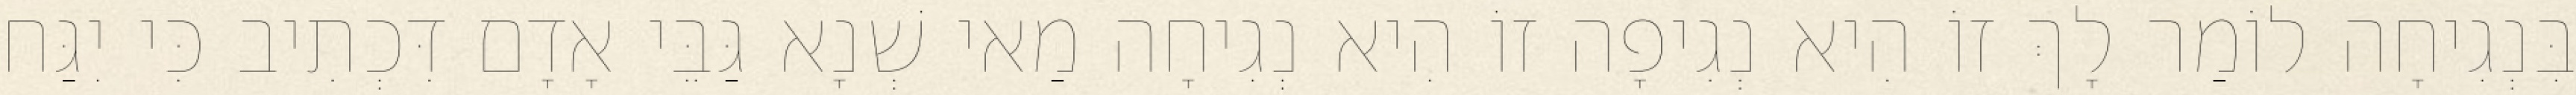
בִּנְגִיחָה לוֹמַר לָךְ זוֹ הִיא נְגִיפָה זוֹ הִיא נְגִיחָה מַאי שְׁנָא גַּבֵּי אָדָם דִּכְתִיב כִּי יִגַּח